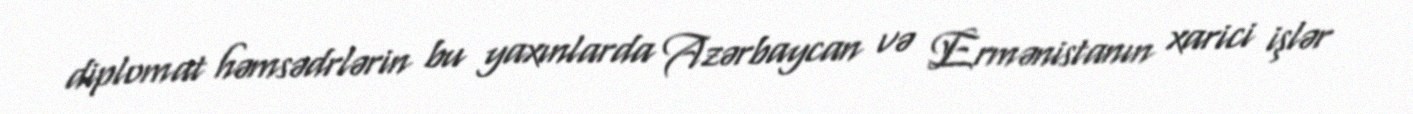
diplomat həmsədrlərin bu yaxınlarda Azərbaycan və Ermənistanın xarici işlər